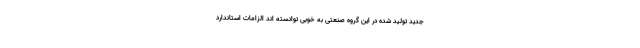
جدید تولید شده در این گروه صنعتی به خوبی توانسته اند الزامات استاندارد